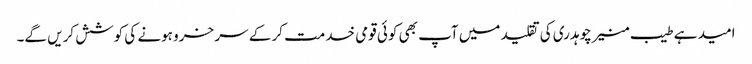
امید ہے طیب منیر چوہدری کی تقلید میں آپ بھی کوئی قومی خدمت کر کے سر خرو ہونے کی کوشش کریں گے۔